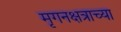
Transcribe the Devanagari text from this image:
मृगनक्षत्राच्या